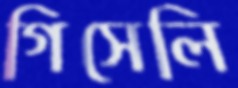
গিসেলি